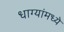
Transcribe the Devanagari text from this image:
धाग्यांमध्ये